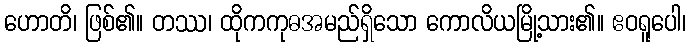
ဟောတိ၊ ဖြစ်၏။ တဿ၊ ထိုကကုဓအမည်ရှိသော ကောလိယမြို့သား၏။ ဧဝရူပေါ၊